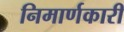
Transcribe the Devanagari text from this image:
निमार्णकारी